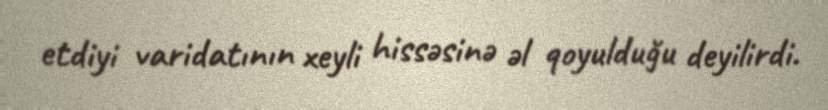
etdiyi varidatının xeyli hissəsinə əl qoyulduğu deyilirdi.